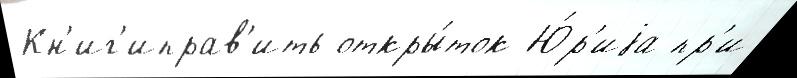
Кн'иг'иправ'ить откры́ток Ю́р'иjа пр'и